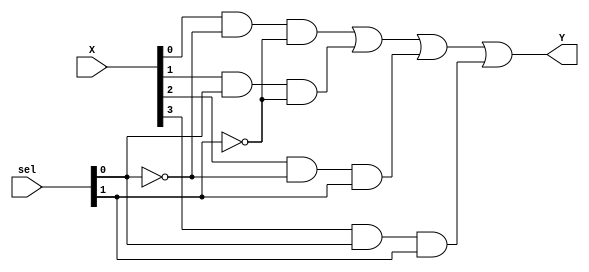
`timescale 1ns / 1ps
//////////////////////////////////////////////////////////////////////////////////
// Company: 
// Engineer: 
// 
// Design Name: 4:1 Multiplexer
// Module Name: mux4to1
// Project Name: 
// Target Devices: 
// Tool Versions: 
// Description: Gate-level implementation of 4:1 mux
// 
// Dependencies: 
// 
// Revision:
// Revision 0.01 - File Created
// Additional Comments:
// 
//////////////////////////////////////////////////////////////////////////////////


module mux4to1(input [3:0] X,
               input [1:0] sel,
               output Y

    );
    
    wire [3:0] Z;     // for connection between AND and OR gates
    wire [1:0] _sel; // For complement of select lines
    
    not N0(_sel[0],sel[0]),
        N1(_sel[1],sel[1]);
        
    and A0(Z[0],X[0],_sel[0],_sel[1]),
        A1(Z[1],X[1],sel[0],_sel[1]),
        A2(Z[2],X[2],_sel[0],sel[1]),
        A3(Z[3],X[3],sel[0],sel[1]);
        
    or OUT(Y,Z[0],Z[1],Z[2],Z[3]);
    
endmodule